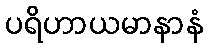
ပရိဟာယမာနာနံ